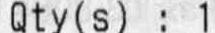
QTY(S) : 1